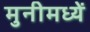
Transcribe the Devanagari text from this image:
मुनीमध्यें